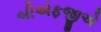
બીએફજીએ